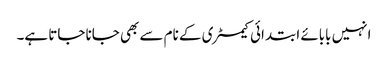
انہیں بابائے ابتدائی کیمسٹری کے نام سے بھی جانا جاتا ہے۔